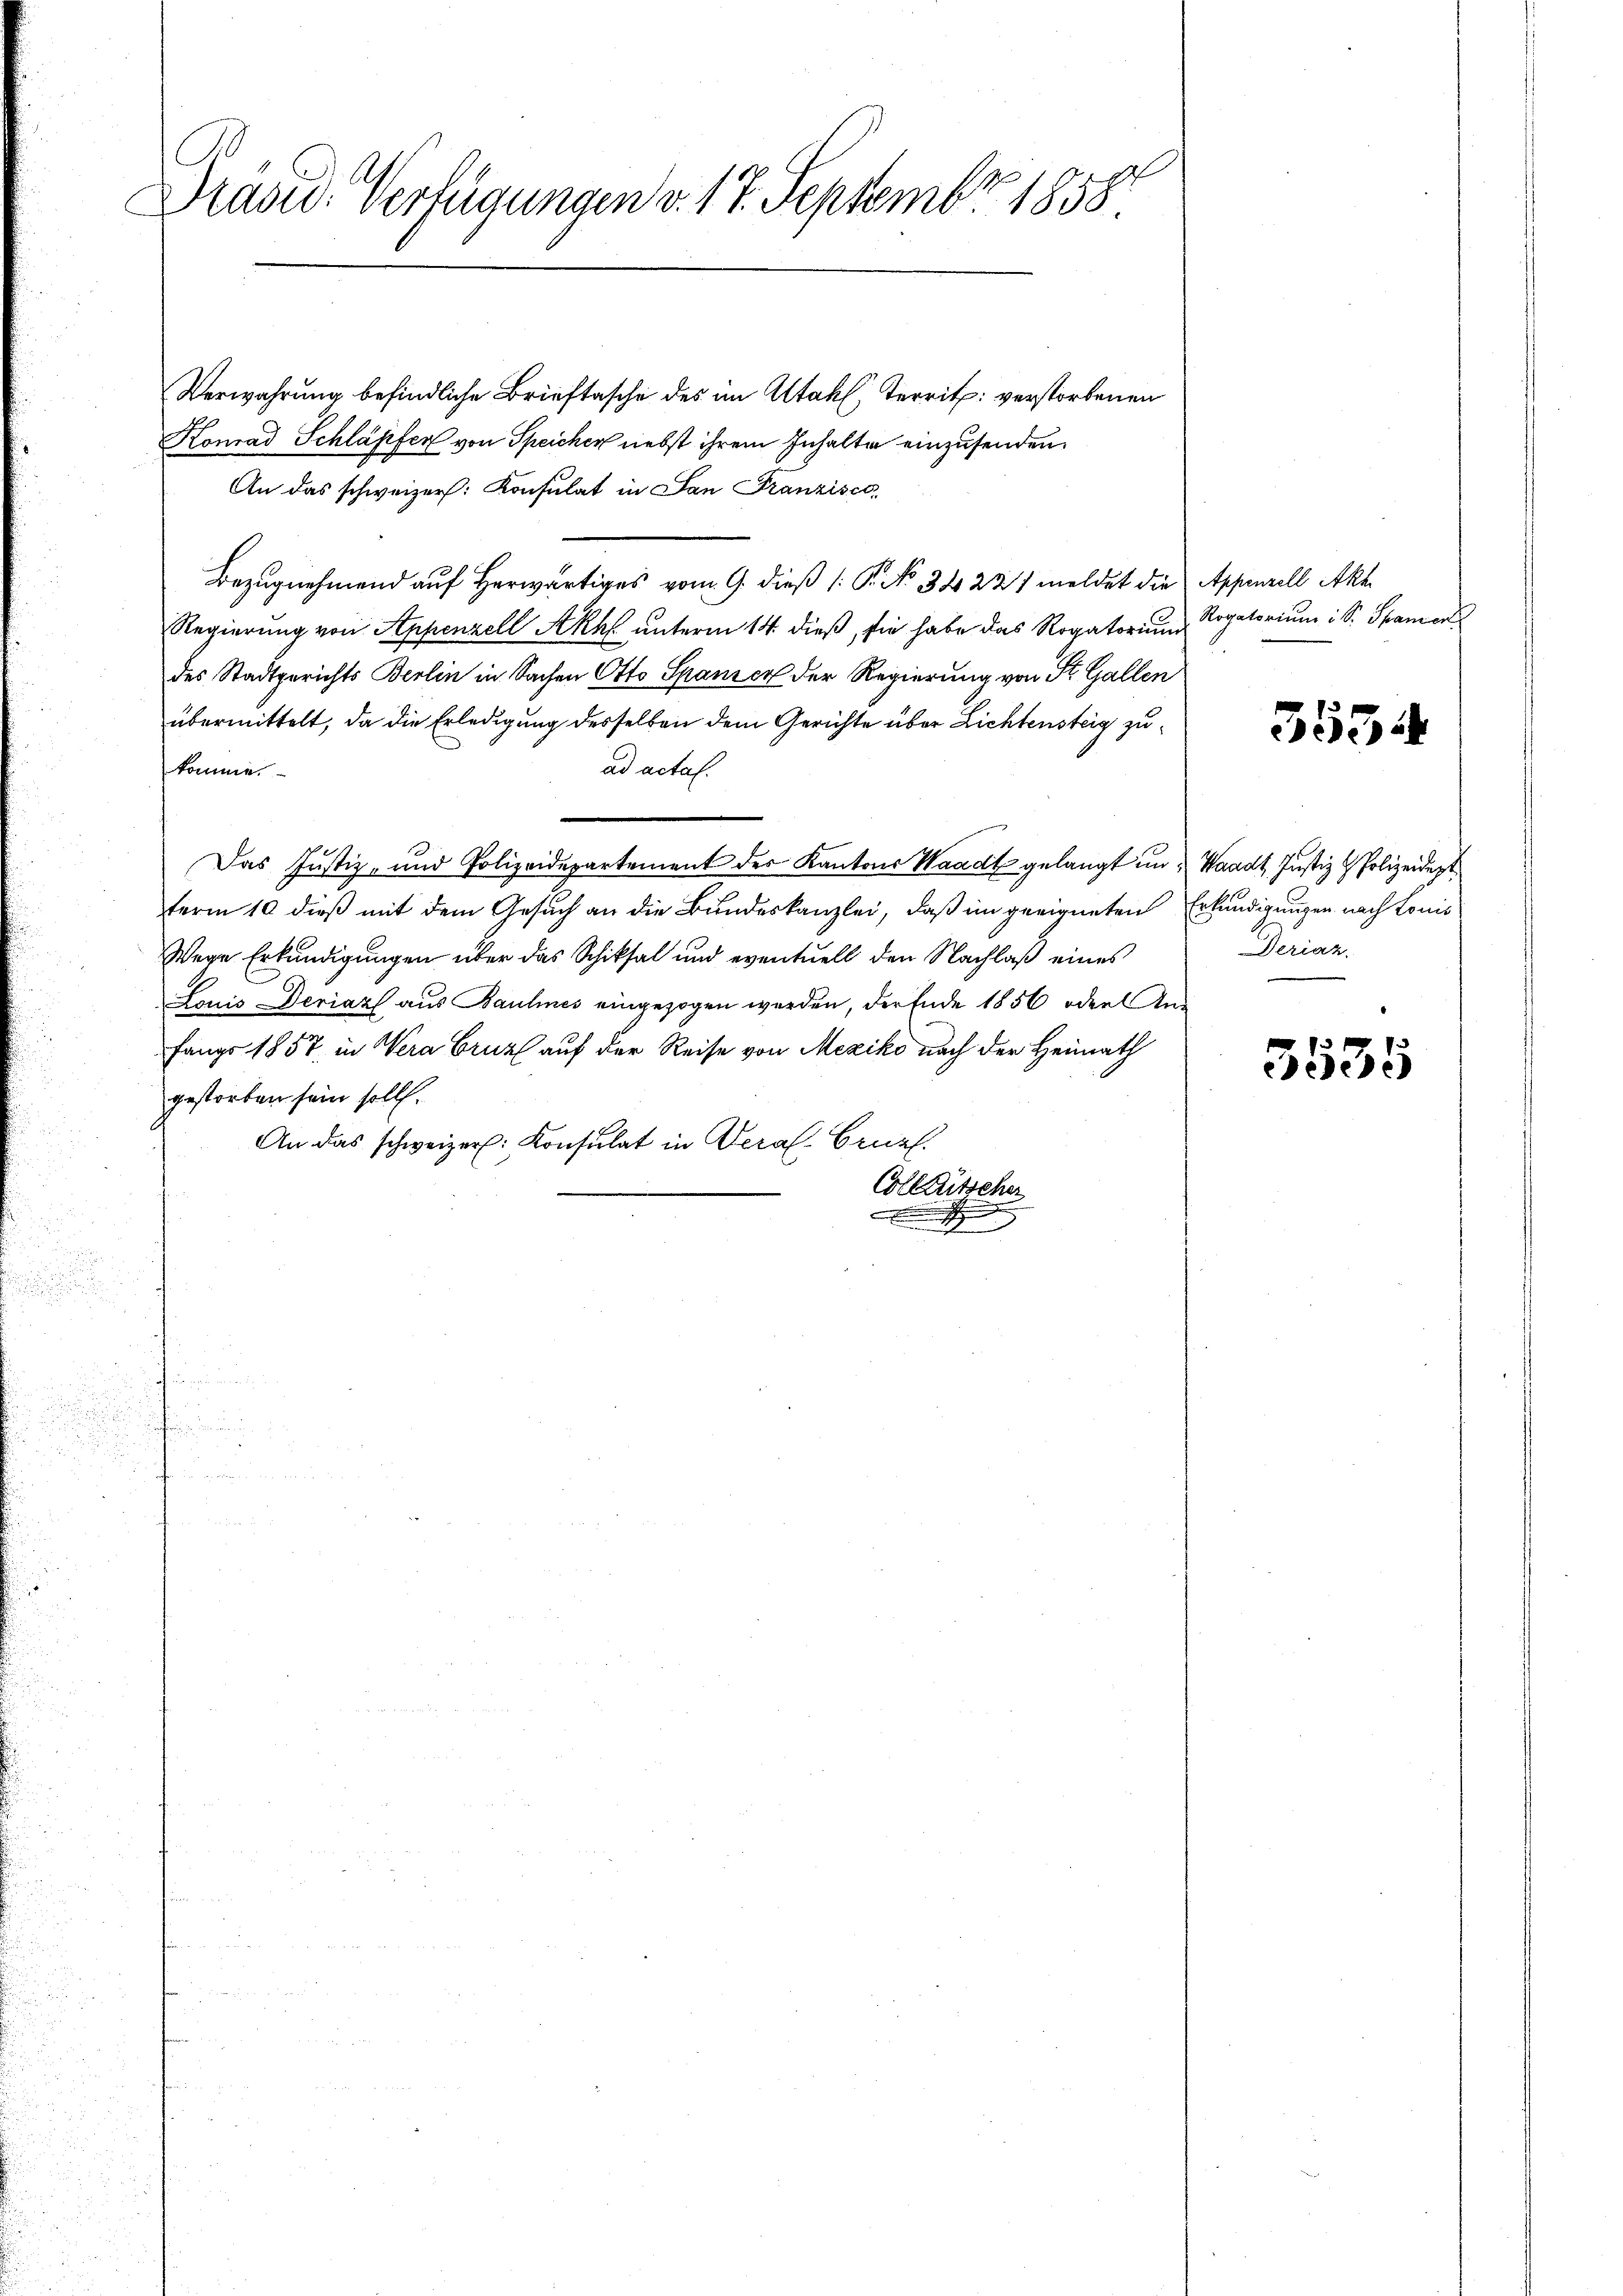
Drasid. Verfügungen v. 17. Septembr 1858.

Verwahrung befindliche Brieftasche des im Altahl, territ: verstorbenen
Konrad Schläpfer von Speicher nebst ihrem Inhalte einzusenden.
An das schweizer. Konsulat in San Franzisco,
Bezugnehmend auf Herwärtiges vom 9. dieß (: P. No 34. 221 meldet die Appenzell Akt
Regierung von Appenzell Akh unterm 14. dieß, sie habe das Rogatorium
des Stadtgerichts Berlin in Sachen Otto Spanier der Regierung von St. Gallen
übermittelt, da die Erledigung desselben dem Gerichte über Lichtensteig zuad actal.
komme.
Das Justiz- und Polizeidepartement des Kantons Waadt gelangt in Waadt, Justiz & Polizeidept
term 10 dieß mit dem Gesuch an die Bundeskanzlei, daß im geeigneten Erkundigungen nach Lonis
Wege Erkundigungen über das Schiksal und eventuell den Nachlaß eines
Lonis Deriaz aus Baulines eingezogen werden, der Ende 1856 oder Anfangs 1857 in Wera Cruz auf der Reise von Mexiko nach der Heimath
gestorben sein soll.
An das schweizer. Konsulat in Veral. Ernal.
Colleutscher
.

Rogatorium i S. Spaniert

3534

Seriaz.

3535